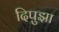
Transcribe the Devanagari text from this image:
दिपुझा